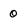
Character: 0